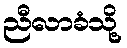
ညီလာခံသို့